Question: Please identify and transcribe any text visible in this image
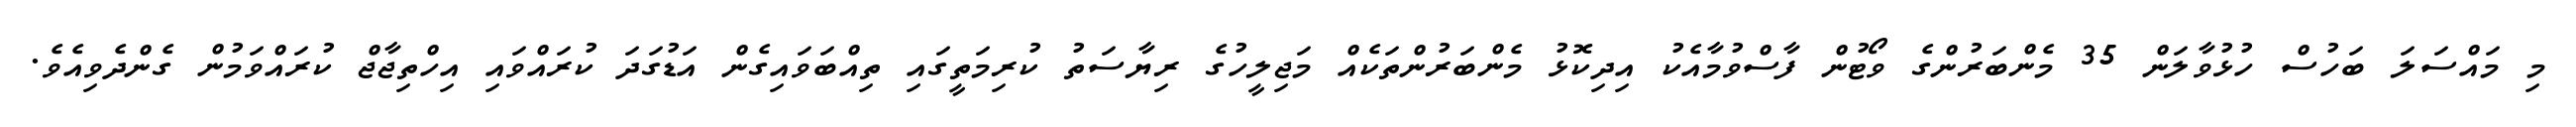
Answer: މި މައްސަލަ ބަހުސް ހުޅުވާލަން 35 މެންބަރުންގެ ވޯޓުން ފާސްވުމާއެކު އިދިކޮޅު މެންބަރުންތަކެއް މަޖިލީހުގެ ރިޔާސަތު ކުރިމަތީގައި ތިއްބަވައިގެން އަޑުގަދަ ކުރައްވައި އިހްތިޖާޖް ކުރައްވަމުން ގެންދެވިއެވެ.